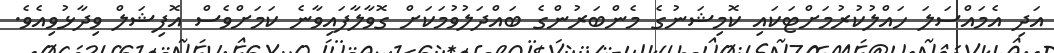
އަދި އެމައްސަލަ ހައްލުކުރުމަށްޓަކައި ކޮމިޝަނުގެ މެންބަރުންގެ ބައްދަލުވުމަކަށް ގޮވާލާފައިވާނެ ކަމަށްވެސް އޮފިޝަލް ވިދާޅުވިއެވެ.